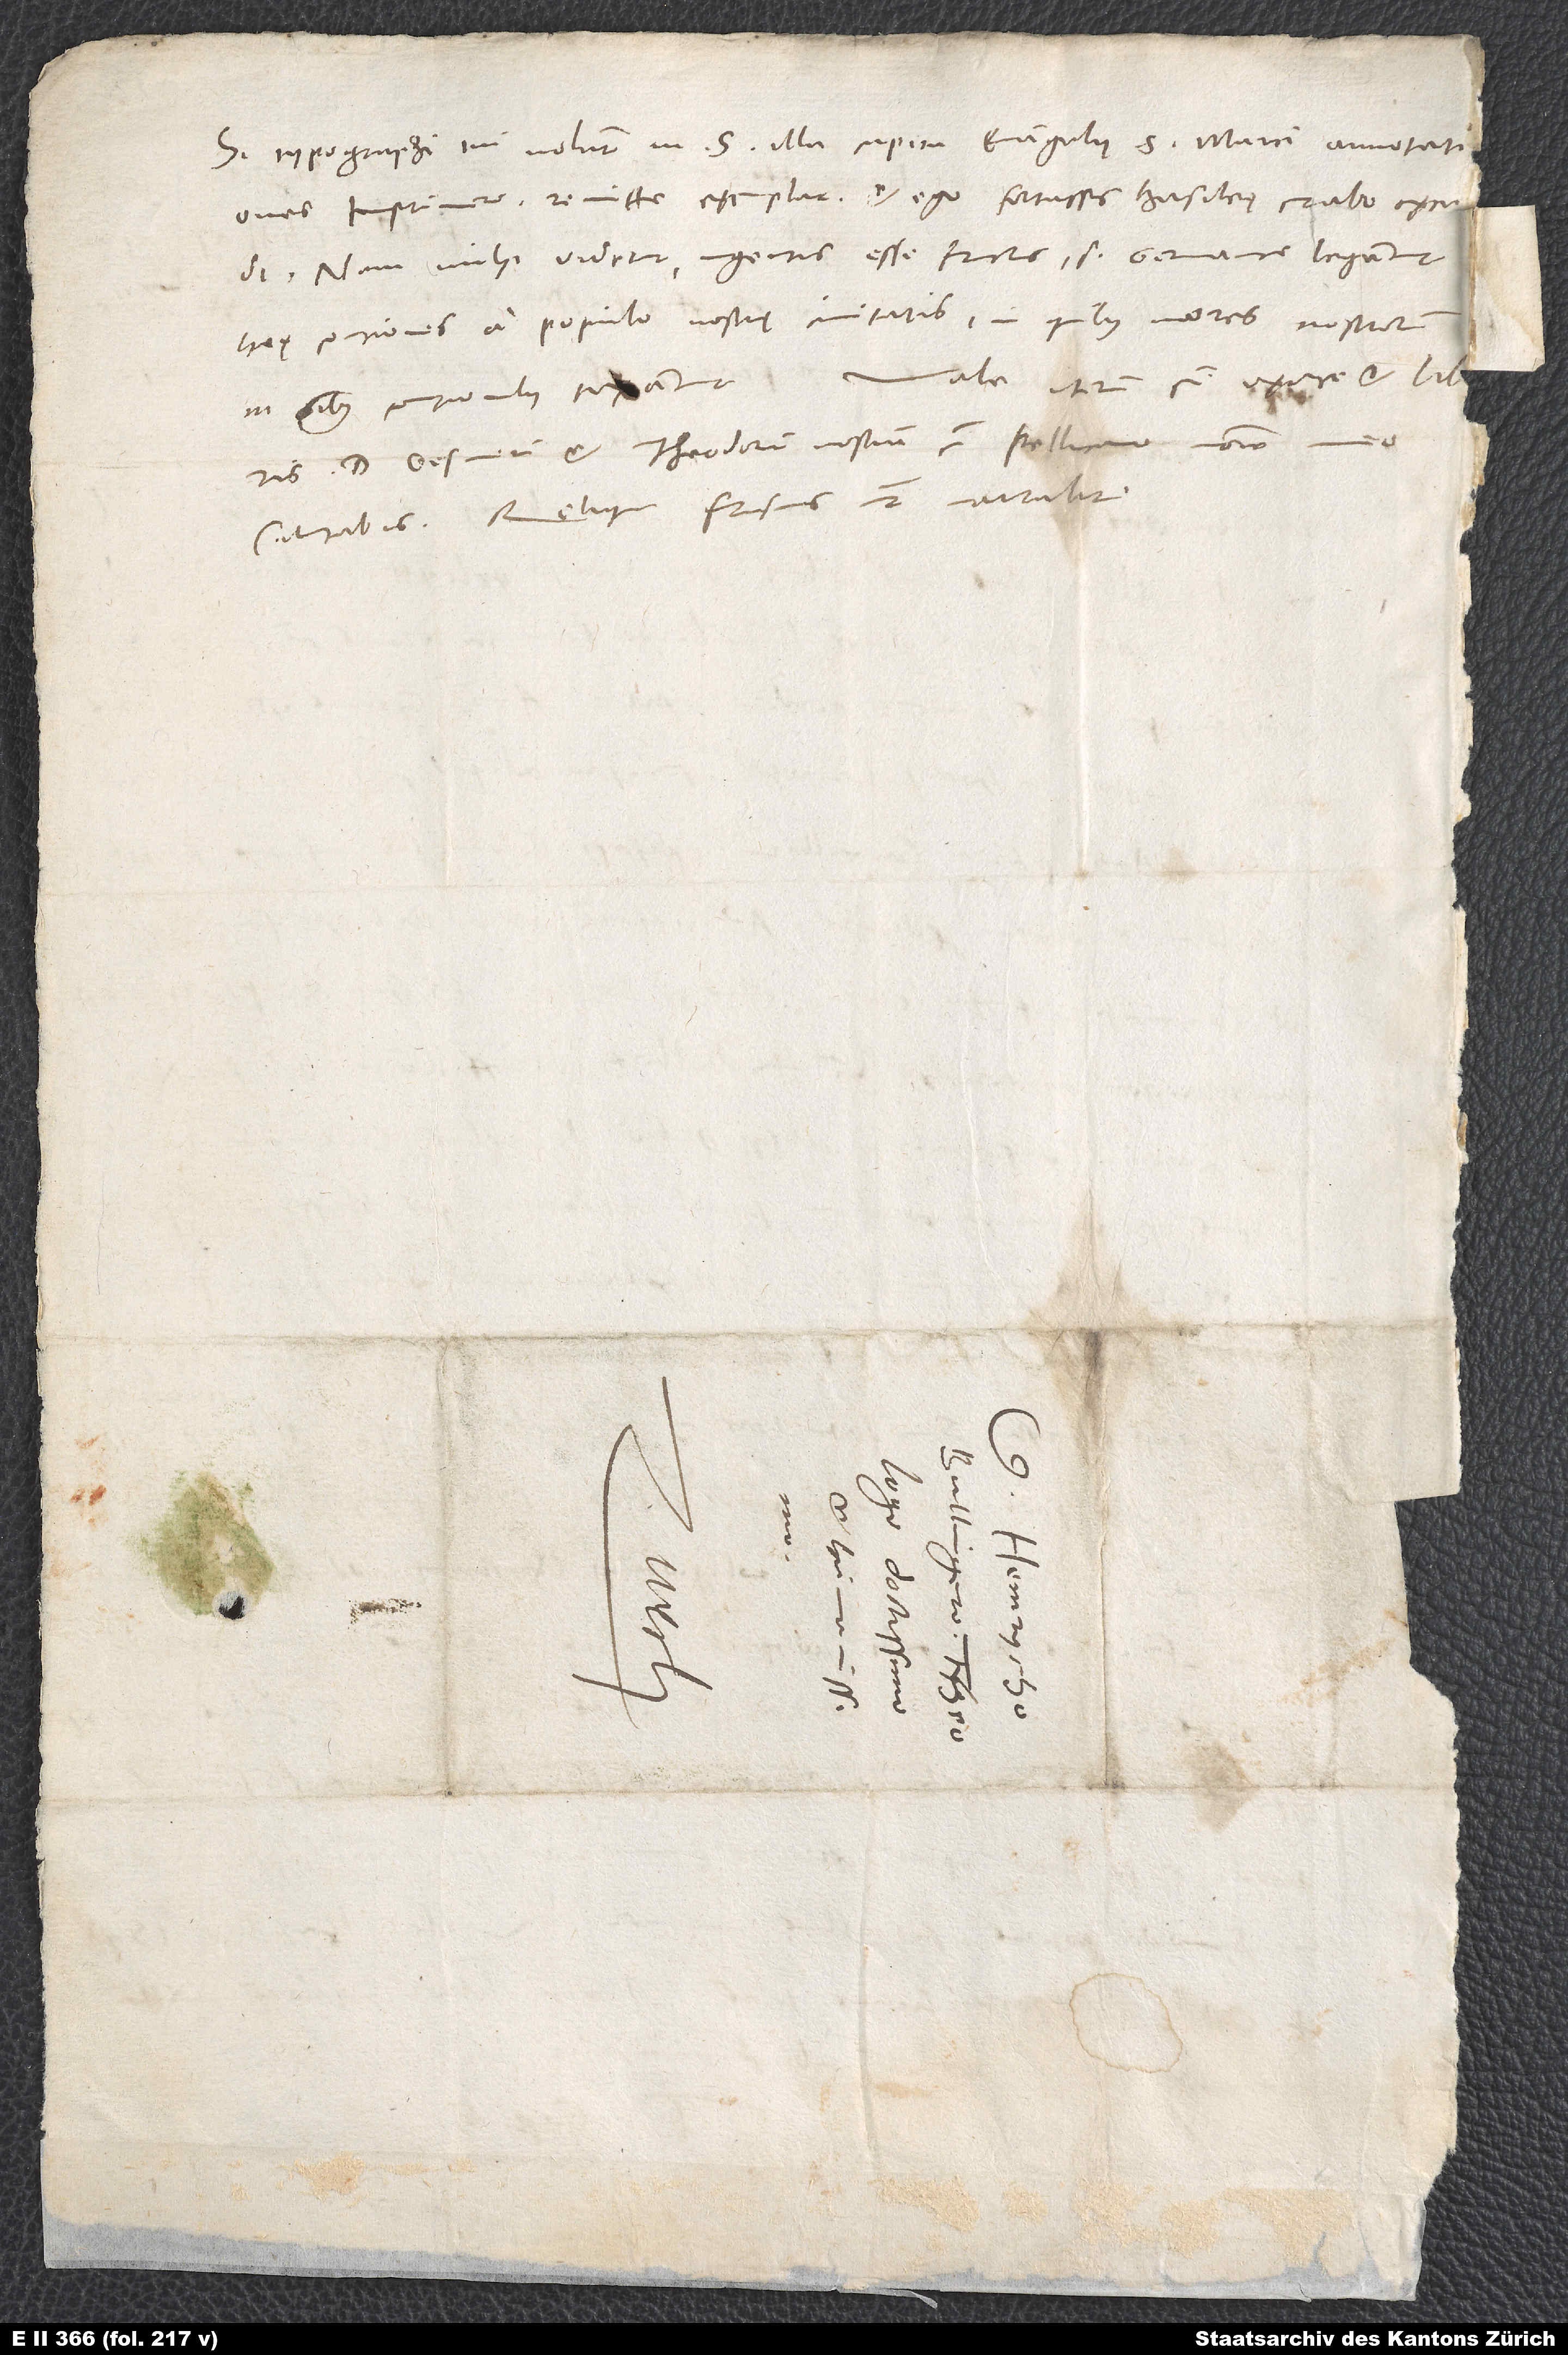
Si typographi tui nolunt in 5 illa capita evangelii S. Marci annotationes
imprimere, remitte exemplar, et ego fortassis Basileę curabo excudi.
Nam mihi videtur ingentis esse fructus, si Germanice legantur
heę conciones a populo nostrę civitatis, in quibus mores nostrorum
Vale iterum cum uxore et libris.
in omnibus concionibus taxantur.
D. Gesnerum et Theodorum nostrum cum Pellicano nomine meo
salutabis. Reliqua Frisius noster narrabit.
S.